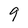
Character: 9